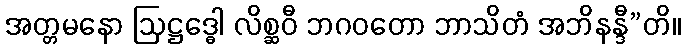
အတ္တမနော ဩဋ္ဌဒ္ဓေါ လိစ္ဆဝီ ဘဂဝတော ဘာသိတံ အဘိနန္ဒီ”တိ။